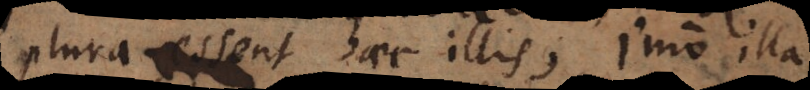
plura essent haec illis, imo illa